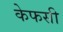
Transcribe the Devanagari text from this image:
केफसी